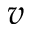
v